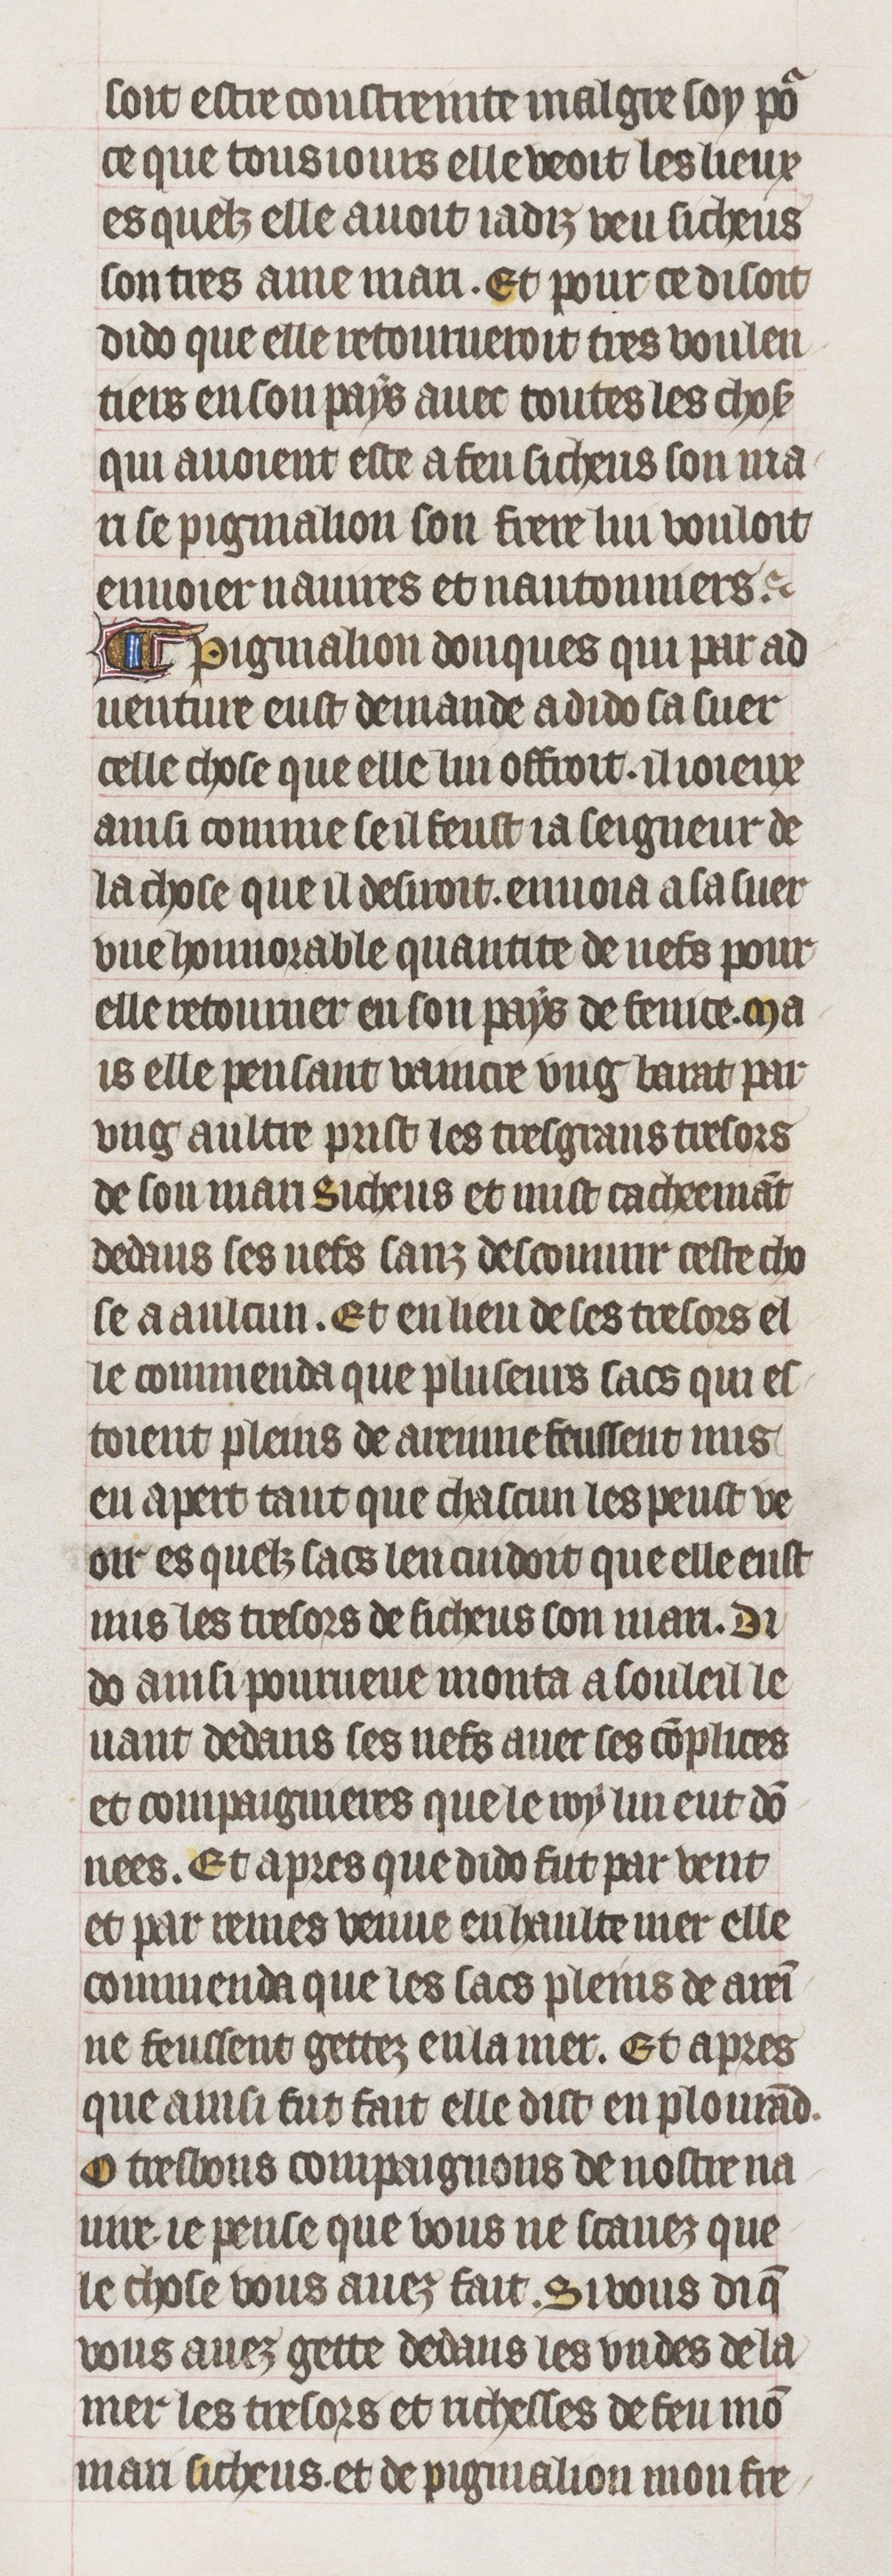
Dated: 1395–1425